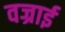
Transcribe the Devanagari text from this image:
वज्राई